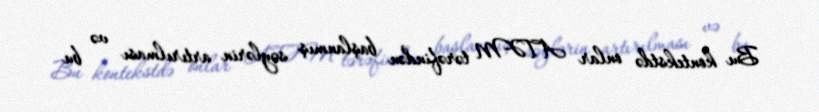
Bu kontekstdə onlar ATƏM tərəfindən başlanmış səylərin artırılması və bu